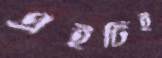
এইটিই